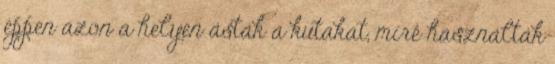
éppen azon a helyen ásták a kutakat, mire használták